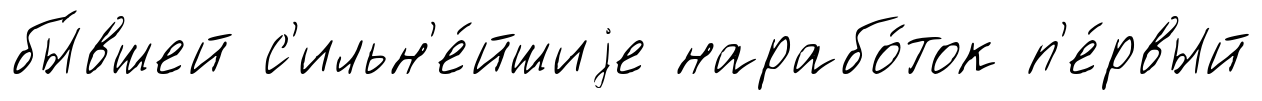
бы́вшей с'ильн'е́йшиjе нарабо́ток п'е́рвый